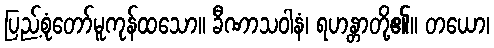
ပြည့်စုံတော်မူကုန်ထသော။ ခီဏာသဝါနံ၊ ရဟန္တာတို့၏။ တယော၊